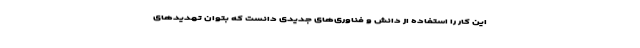
این کار را استفاده از دانش و فناوری‌های جدیدی دانست که بتوان تهدیدهای